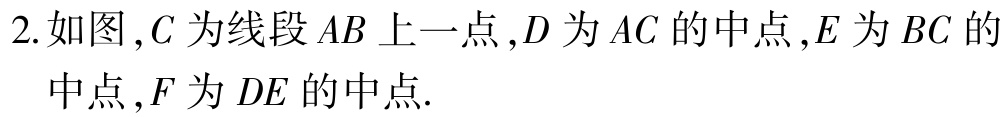
2. 如图，$C$为线段$AB$上一点，$D$为$AC$的中点，$E$为$BC$的中点，$F$为$DE$的中点.